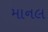
માનલ